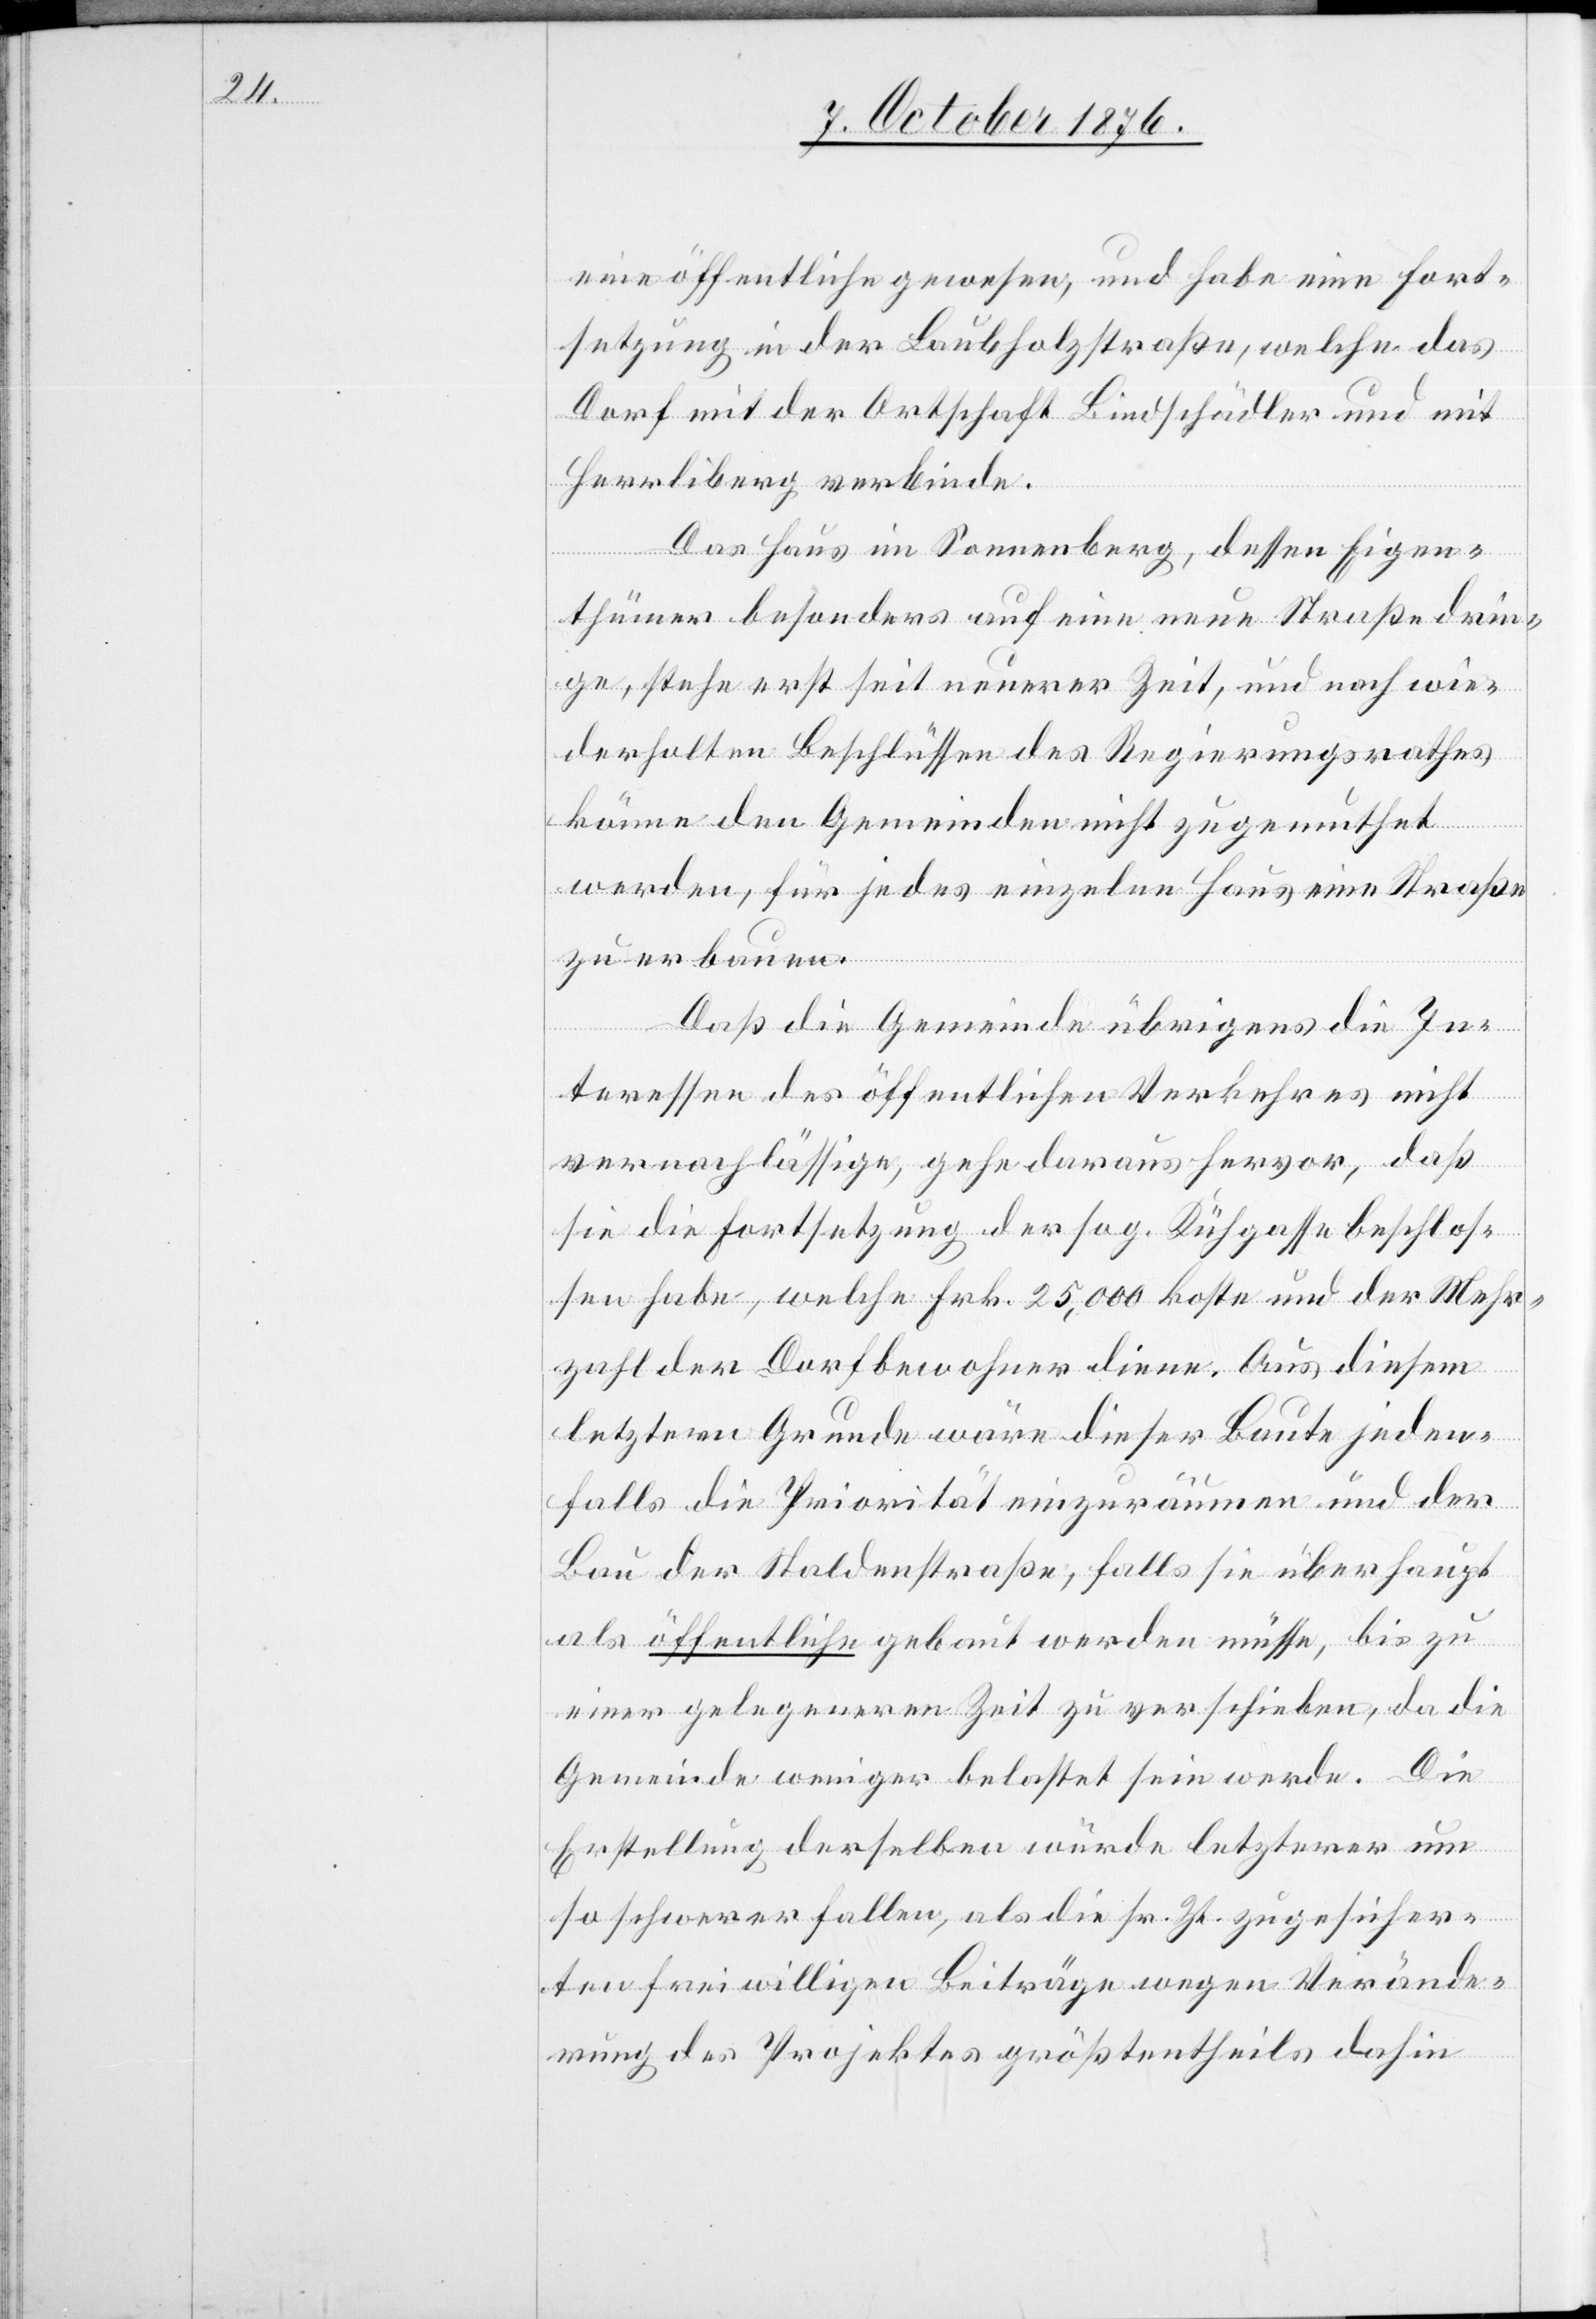
eine öffentliche gewesen, und habe eine Fort¬
setzung in der Laubholzstraße, welche das
Dorf mit der Ortschaft Bindschädler und mit
Herrliberg verbinde.
Das Haus im Sonnenberg, dessen Eigen¬
thümer besonders auf eine neue Straße drin¬
ge, stehe erst seit neuerer Zeit, und nach wie¬
derholten Beschlüssen des Regierungsrathes
könne den Gemeinden nicht zugemuthet
werden, für jedes einzelne Haus eine Straße
zu erbauen.
Daß die Gemeinde übrigens die In¬
teressen des öffentlichen Verkehres nicht
vernachlässige, gehe daraus hervor, daß
sie die Fortsetzung der sog. Kühgasse beschlos¬
sen habe, welche Frk. 25,000 koste und der Mehr¬
zahl der Dorfbewohner diene. Aus diesem
letztern Grunde wäre dieser Baute jeden¬
falls die Priorität einzuräumen und der
Bau der Staldenstraße, falls sie überhaupt
als öffentliche gebaut werden müsse, bis zu
einer gelegeneren Zeit zu verschieben, da die
Gemeinde weniger belastet sein werde. Die
Erstellung derselben würde letzterer um
so schwerer fallen, als die sr. Zt. zugesicher¬
ten freiwilligen Beiträge wegen Verände¬
rung des Projektes größtentheils dahin